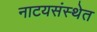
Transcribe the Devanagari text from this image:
नाटयसंस्थेत